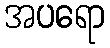
အပရော